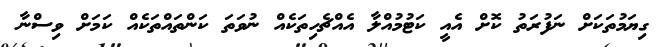
ގިޔަމުތަކަށް ނަފުރަތު ކޮށް އެއީ ކަޓުމުއްލާ އެއްޗެހިތަކެއް ނުވަތަ ކަންތައްތަކެއް ކަމަށް ވިސްނާ